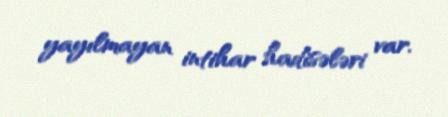
yayılmayan intihar hadisələri var.